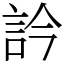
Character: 訡